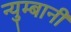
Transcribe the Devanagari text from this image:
न्युम्बानी